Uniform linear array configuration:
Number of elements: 8
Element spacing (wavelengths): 0.75
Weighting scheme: binomial
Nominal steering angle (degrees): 0
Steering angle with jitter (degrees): -1.406
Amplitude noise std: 0.05
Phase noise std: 0.05

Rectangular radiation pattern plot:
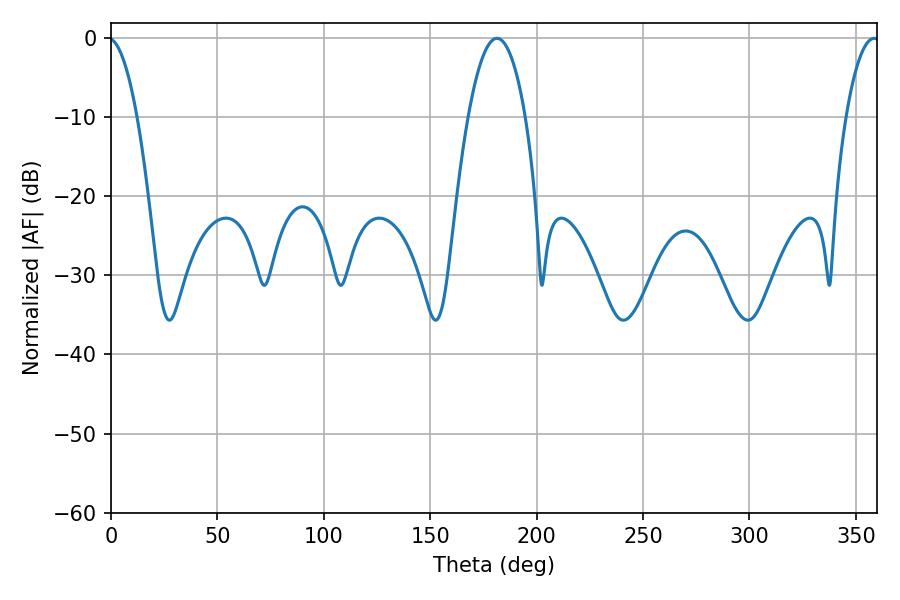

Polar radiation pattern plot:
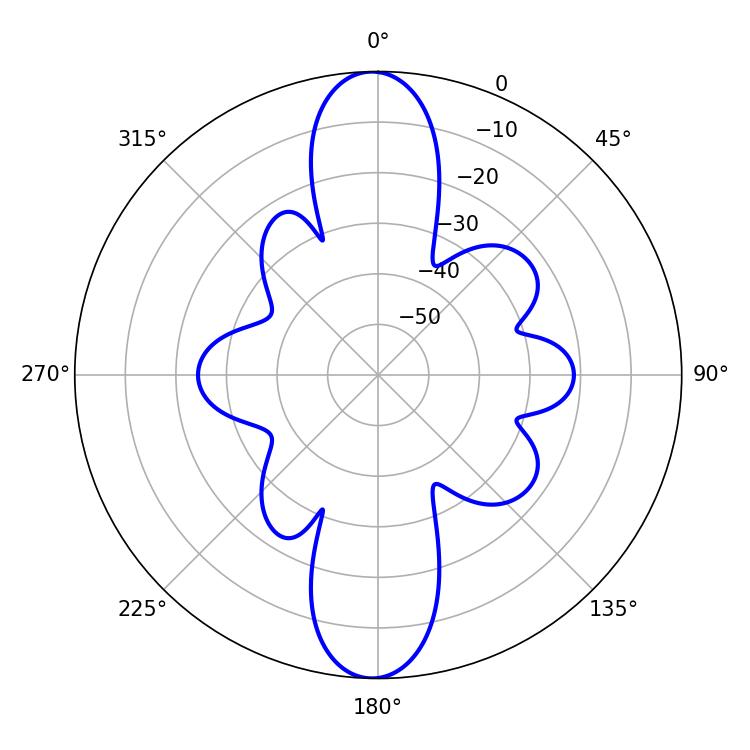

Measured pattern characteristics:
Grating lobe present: TRUE
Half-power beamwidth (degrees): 8.82
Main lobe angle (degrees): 358.56